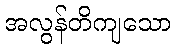
အလွန်တိကျသော